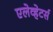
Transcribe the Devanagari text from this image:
एलेव्हेटर्स